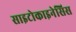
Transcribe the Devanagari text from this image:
साइटोकाइनेसिस